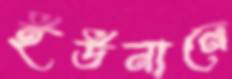
ইউনানে